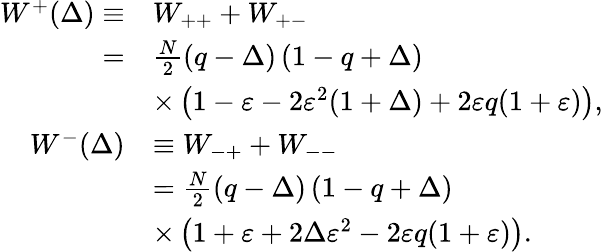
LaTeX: \begin{array}{rl}{W^{+}(\Delta)\equiv}&{W_{++}+W_{+-}}\\ {=}&{\frac{N}{2}\left(q-\Delta\right)\left(1-q+\Delta\right)}\\ &{\times\left(1-\varepsilon-2\varepsilon^{2}(1+\Delta)+2\varepsilon q(1+\varepsilon)\right),}\\ {W^{-}(\Delta)}&{\equiv W_{-+}+W_{--}}\\ &{=\frac{N}{2}\left(q-\Delta\right)\left(1-q+\Delta\right)}\\ &{\times\left(1+\varepsilon+2\Delta\varepsilon^{2}-2\varepsilon q(1+\varepsilon)\right).}\end{array}